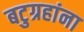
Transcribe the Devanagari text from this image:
बटुग्रहांना